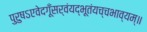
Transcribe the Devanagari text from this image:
पुरुषऽएवेदगूँसर्वंयद्भूतंयच्चभाव्यम्॥